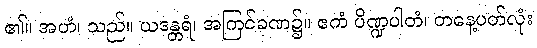
၏။ အဟံ၊ သည်။ ယဒန္တရံ၊ အကြင်ခဏ၌။ ဧကံ ပိဏ္ဍပါတံ၊ တနေ့ပတ်လုံး